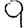
Digit: 9